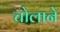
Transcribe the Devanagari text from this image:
चोलाने